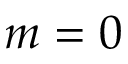
m = 0